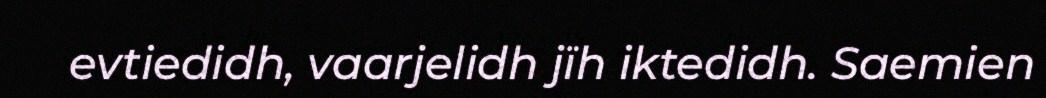
evtiedidh, vaarjelidh jïh iktedidh. Saemien